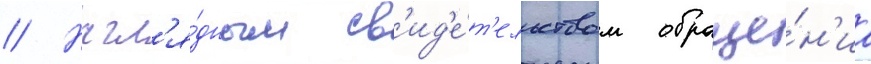
// Нагл'я́дным св'ид'е́т'ельством обраще́н'иа